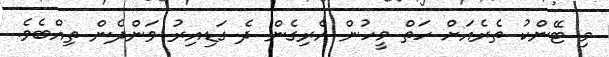
މި ޓޭންކު ތެރެއަށް ހަތް މީހުން އެރިގެން ދެ ގަޑިއިރު ވަންދެން ތިއްބެވެ.